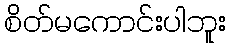
စိတ်မကောင်းပါဘူး